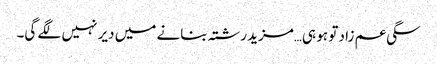
سگی عم زاد تو ہو ہی…مزید رشتہ بنانے میں دیر نہیں لگے گی۔